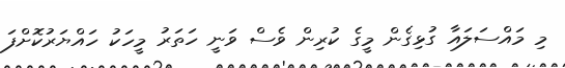
މި މައްސަލައާ ގުޅިގެން މީގެ ކުރިން ވެސް ވަނީ ހަތަރު މީހަކު ހައްޔަރުކޮށްފަ